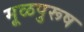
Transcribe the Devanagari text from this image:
मूळपुरूष